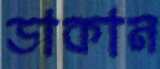
ডাকান